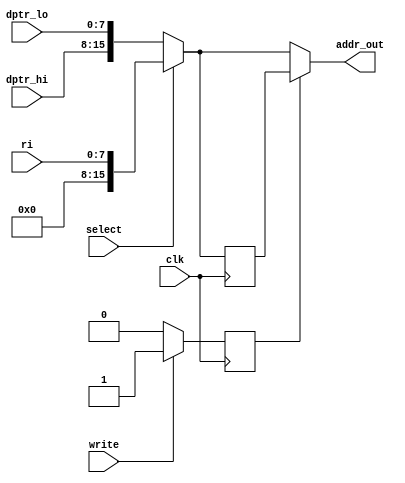
module oc8051_ext_addr_sel (clk, select, write, dptr_hi, dptr_lo, ri, addr_out);
//
// clk  clock
// select       (in)  select sourses [oc8051_decoder.ext_addr_sel -r]
// write        (in)  write to external ram [oc8051_decoder.write_x]
// dptr_hi      (in)  data pointer high bits [oc8051_dptr.data_hi]
// dptr_lo      (in)  data pointer low bits [oc8051_dptr.data_lo]
// ri           (in)  indirect addressing [oc8051_indi_addr.data_out]
// addr_out     (out) external addres [pin]
//


input select, write, clk;
input [7:0] dptr_hi, dptr_lo, ri;

output [15:0] addr_out;

reg state;
reg [15:0] buff;
wire [15:0] tmp;

assign tmp = select ? {8'h00, ri} : {dptr_hi, dptr_lo};
assign addr_out = state ? buff : tmp;

always @(posedge clk)
  if (select)
    buff <= #1 {8'h00, ri};
  else buff <= #1 {dptr_hi, dptr_lo};

always @(posedge clk)
  if (write)
    state <= #1 1'b1;
  else state <= #1 1'b0;


endmodule